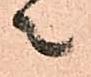
々